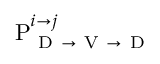
\mathrm { P } _ { \mathrm { ~ D ~ } \rightarrow \mathrm { ~ V ~ } \rightarrow \mathrm { ~ D ~ } } ^ { i \rightarrow j }